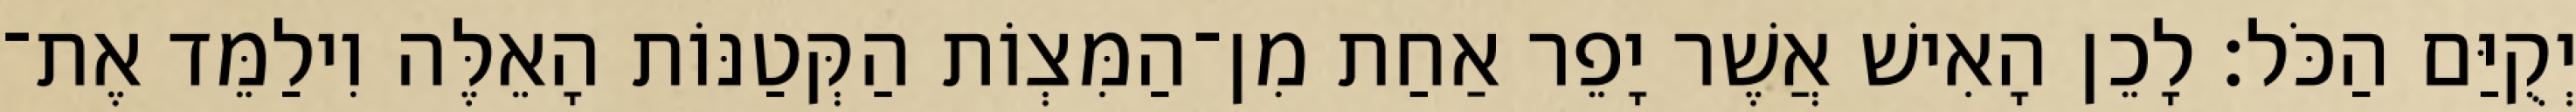
יְקֻיַּם הַכֹּל׃ לָכֵן הָאִישׁ אֲשֶׁר יָפֵר אַחַת מִן־הַמִּצְוֹת הַקְּטַנּוֹת הָאֵלֶּה וִילַמֵּד אֶת־